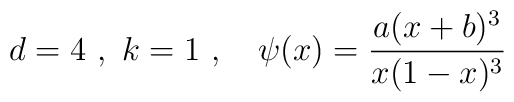
d  = 4 \ , \ k = 1  \ , \ \ \ \psi ( x ) = \frac{a (x + b )^3}{x ( 1 - x )^3} \,